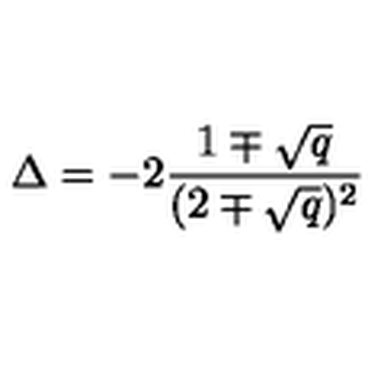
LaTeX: \Delta = - 2 { \frac { 1 \mp \sqrt { q } } { ( 2 \mp \sqrt { q } ) ^ { 2 } } }